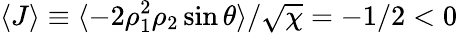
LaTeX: \langle J\rangle\equiv\langle-2\rho_{1}^{2}\rho_{2}\sin\theta\rangle/\sqrt{\chi}=-1/2<0